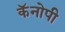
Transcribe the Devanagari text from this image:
कॅनोपी